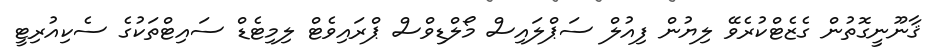
ޤާނޫނީގޮތުން ގެޒެޓްކުރެވޭ ލިޔުން ފިއުލް ސަޕްލައިސް މޯލްޑިވްސް ޕްރައިވެޓް ލިމިޓެޑް ސައިޓްތަކުގެ ސެކިއުރިޓީ